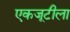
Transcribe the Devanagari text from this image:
एकजूटीला